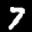
Label: 7